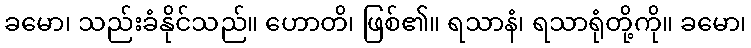
ခမော၊ သည်းခံနိုင်သည်။ ဟောတိ၊ ဖြစ်၏။ ရသာနံ၊ ရသာရုံတို့ကို။ ခမော၊